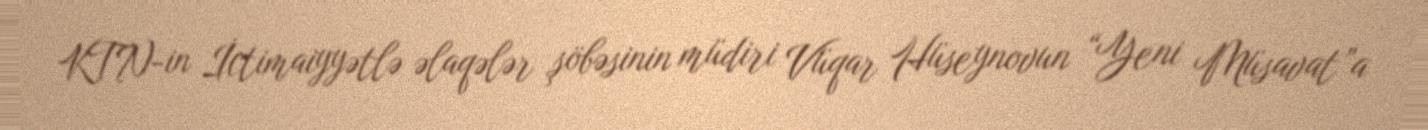
KTN-in İctimaiyyətlə əlaqələr şöbəsinin müdiri Vüqar Hüseynovun “Yeni Müsavat”a